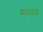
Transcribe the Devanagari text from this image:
मरदाह